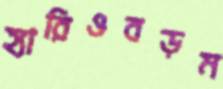
হ্যারিওবড়ম